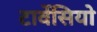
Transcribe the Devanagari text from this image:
टार्वेसियो